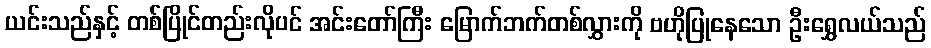
ယင်းသည်နှင့် တစ်ပြိုင်တည်းလိုပင် အင်းတော်ကြီး မြောက်ဘက်တစ်လွှားကို ဗဟိုပြုနေသော ဦးရွှေလယ်သည်